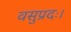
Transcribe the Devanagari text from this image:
वसुप्रदः।